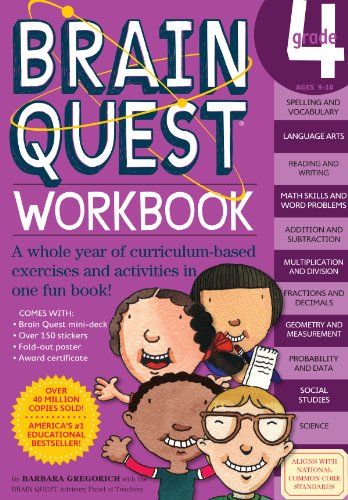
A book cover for Brain Quest Workbook: Grade 4; Barbara Gregorich; Children's Books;